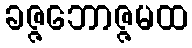
ခဇ္ဇဘောဇ္ဇမထ